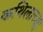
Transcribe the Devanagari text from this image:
कथिलाच्या